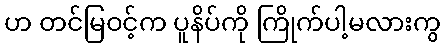
ဟ တင်မြဝင့်က ပူနိပ်ကို ကြိုက်ပါ့မလားကွ